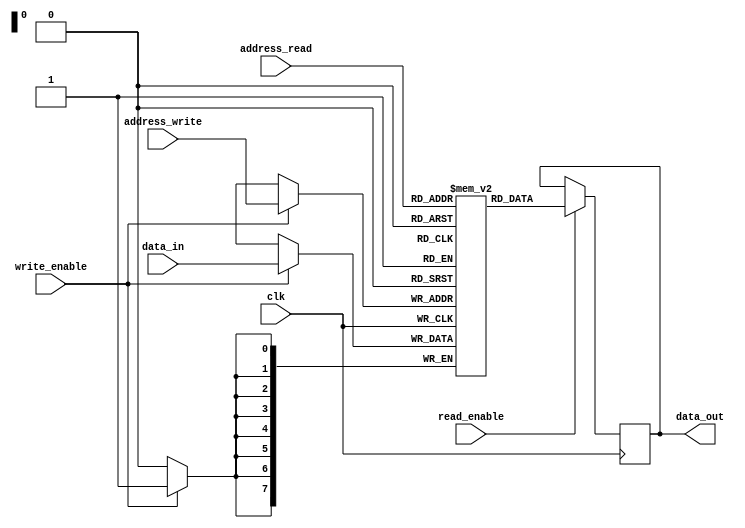
module dual_port_ram (
  input wire clk,
  input wire [7:0] address_read,
  input wire [7:0] address_write,
  input wire read_enable,
  input wire write_enable,
  input wire [7:0] data_in,
  output reg [7:0] data_out
);

reg [7:0] memory [0:255];

always @(posedge clk) begin
  if (read_enable) begin
    data_out <= memory[address_read];
  end
  
  if (write_enable) begin
    memory[address_write] <= data_in;
  end
end

endmodule